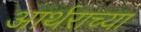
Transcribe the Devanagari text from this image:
आर्थराच्या